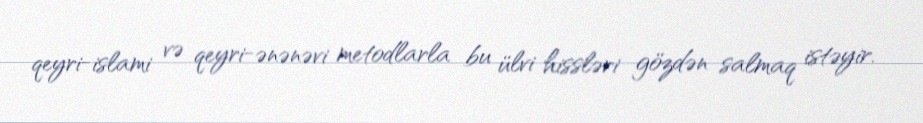
qeyri-islami və qeyri-ənənəvi metodlarla bu ülvi hissləri gözdən salmaq istəyir.